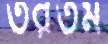
তরতম